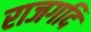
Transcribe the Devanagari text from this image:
राजगदि